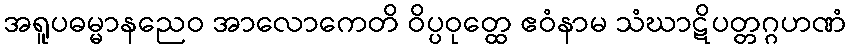
အရူပဓမ္မာနညေဝ အာလောကေတိ ဝိပ္ပဝုတ္ထေ ဧဝံနာမ သံဃာဋိပတ္တဂ္ဂဟဏံ